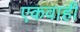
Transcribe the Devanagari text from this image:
एकवाही